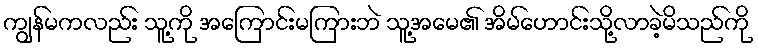
ကျွန်မကလည်း သူ့ကို အကြောင်းမကြားဘဲ သူ့အမေ၏ အိမ်ဟောင်းသို့လာခဲ့မိသည်ကို